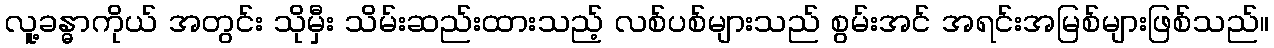
လူ့ခန္ဓာကိုယ် အတွင်း သိုမှီး သိမ်းဆည်းထားသည့် လစ်ပစ်များသည် စွမ်းအင် အရင်းအမြစ်များဖြစ်သည်။